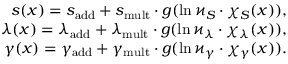
\begin{array} { r } { s ( x ) = { s } _ { \mathrm { a d d } } + { s } _ { \mathrm { m u l t } } \cdot g ( \ln \varkappa _ { S } \cdot \chi _ { S } ( x ) ) , } \\ { \lambda ( x ) = \lambda _ { \mathrm { a d d } } + { \lambda } _ { \mathrm { m u l t } } \cdot g ( \ln \varkappa _ { \lambda } \cdot \chi _ { \lambda } ( x ) ) , } \\ { \gamma ( x ) = \gamma _ { \mathrm { a d d } } + \gamma _ { \mathrm { m u l t } } \cdot g ( \ln \varkappa _ { \gamma } \cdot \chi _ { \gamma } ( x ) ) . } \end{array}